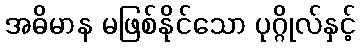
အဓိမာန မဖြစ်နိုင်သော ပုဂ္ဂိုလ်နှင့်